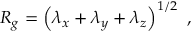
R _ { g } = \left( \lambda _ { x } + \lambda _ { y } + \lambda _ { z } \right) ^ { 1 / 2 } ~ ,